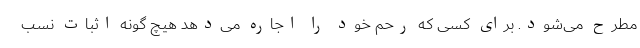
مطرح می‌شود. برای کسی که رحم خود را اجاره می‌دهد هیچ گونه اثبات نسب